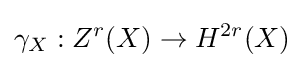
\gamma _{X}:Z^{r}(X)\to H^{2r}(X)